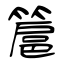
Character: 簄